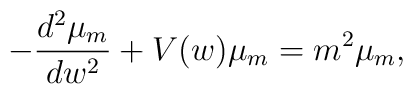
- \frac{d^2\mu_{m}}{d w^2} + V(w) \mu_{m} = m^2 \mu_{m},